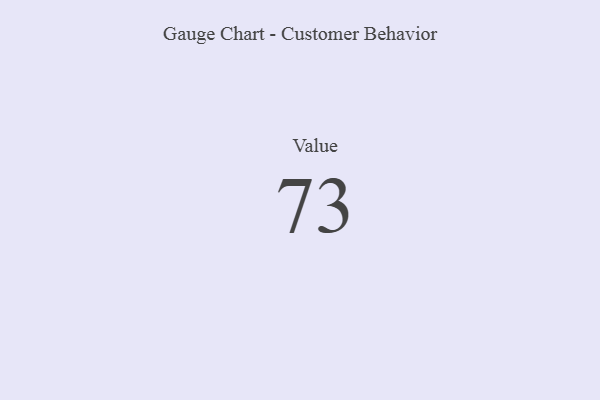
{"axis": {"x": "Metric", "y": "Value"}, "legend": [""], "data": [{"x": "Value", "y": 73, "type": ""}]}